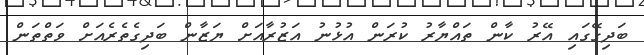
ބަދިގޭގައި އޭރު ކާން ތައްޔާރު ކުރަން އުޅުނު އަޒުރާއަށް ޔަޒާން ބަދިގެތެރެއަށް ވަތްތަން